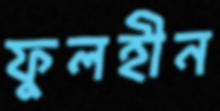
ফুলহীন